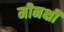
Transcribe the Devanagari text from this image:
मीनक्षी